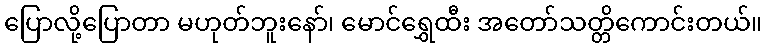
ပြောလို့ပြောတာ မဟုတ်ဘူးနော်၊ မောင်ရွှေထီး အတော်သတ္တိကောင်းတယ်။